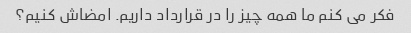
فکر می کنم ما همه چیز را در قرارداد داریم. امضاش کنیم؟